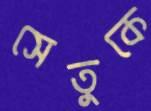
সেতুকে